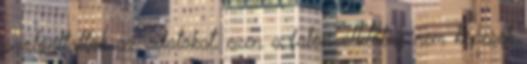
szolgáltatták az adatokat, ezen a falon állítólag nem képesek